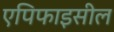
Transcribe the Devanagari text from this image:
एपिफाइसील